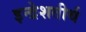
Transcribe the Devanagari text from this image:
इन्द्रेशतीर्थ